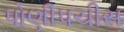
પોણીપચીસ